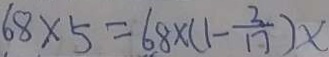
6 8 \times 5 = 6 8 \times ( 1 - \frac { 2 } { 1 7 } ) x